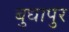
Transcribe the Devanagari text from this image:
बुधापुर